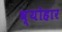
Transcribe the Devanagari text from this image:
व्योहार